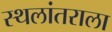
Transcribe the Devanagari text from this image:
स्थलांतराला